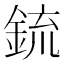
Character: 鋶